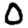
Digit: 0